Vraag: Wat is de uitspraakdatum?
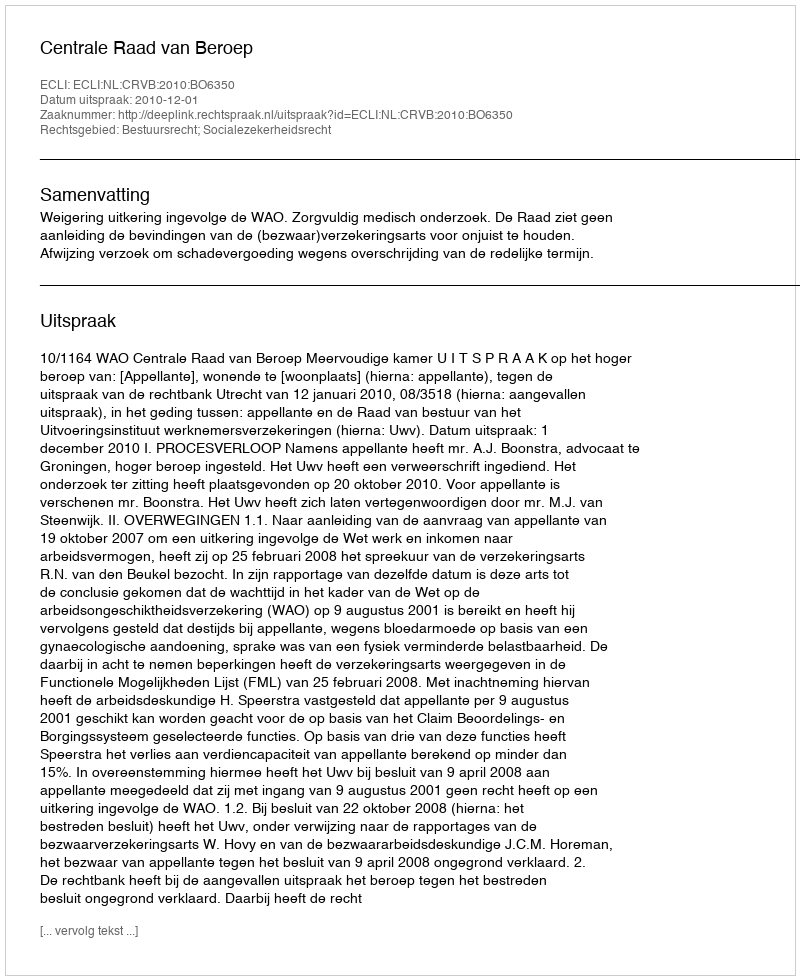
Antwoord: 2010-12-01